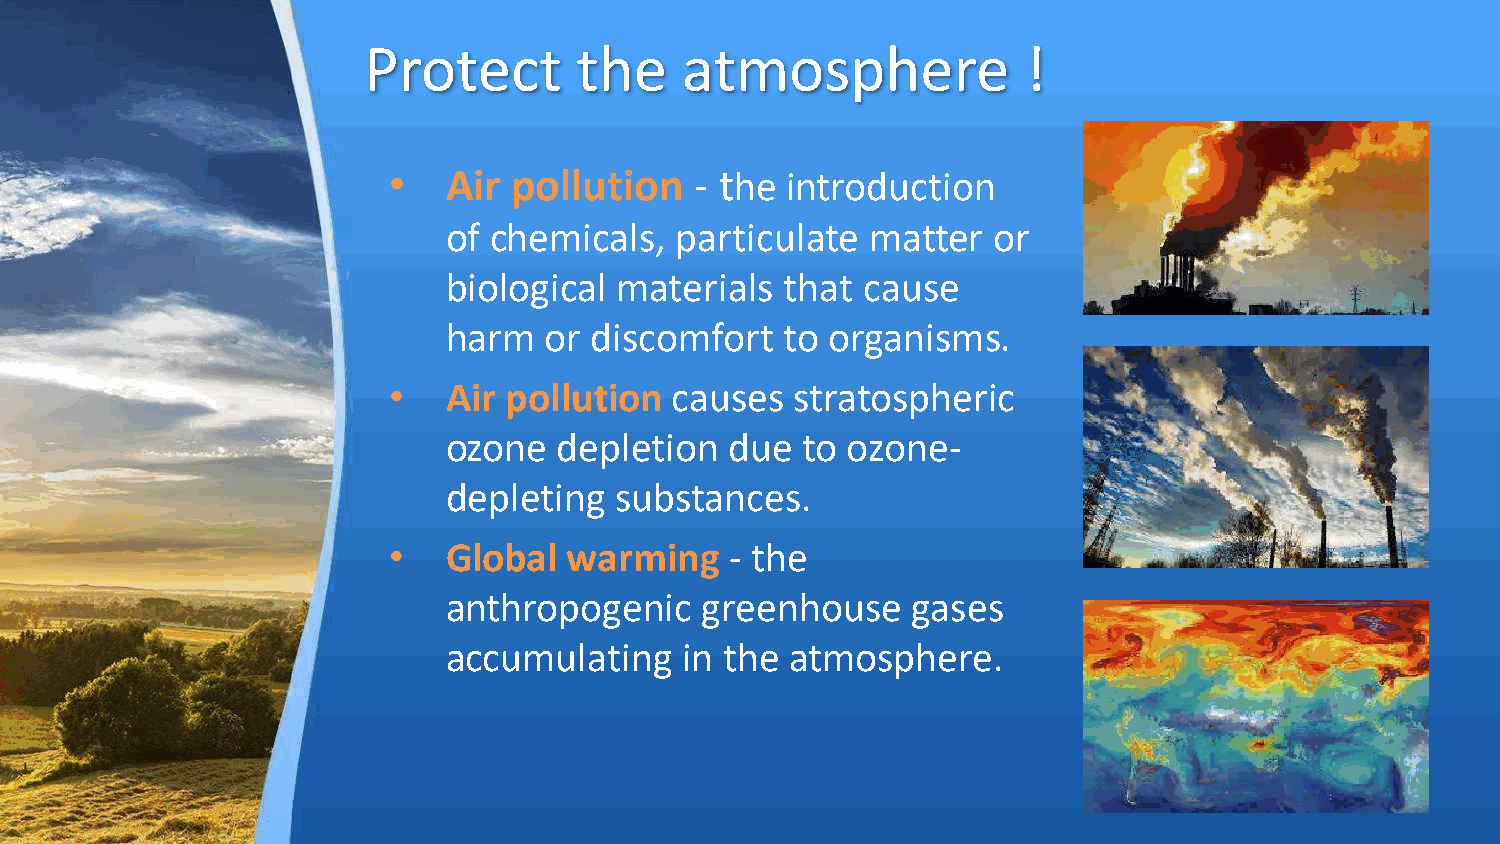
Protect       the    atmosphere             !
 •  Air  pollution   - the introduction
 of chemicals,   particulate  matter  or
 biological  materials  that cause
 harm   or discomfort   to organisms.
 •  Air pollution  causes   stratospheric
 ozone   depletion  due  to ozone-
 depleting   substances.
 •  Global   warming   - the
 anthropogenic    greenhouse    gases
 accumulating    in the atmosphere.